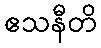
ဧသနီတိ